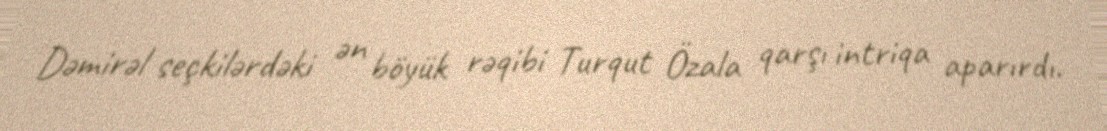
Dəmirəl seçkilərdəki ən böyük rəqibi Turqut Özala qarşı intriqa aparırdı.